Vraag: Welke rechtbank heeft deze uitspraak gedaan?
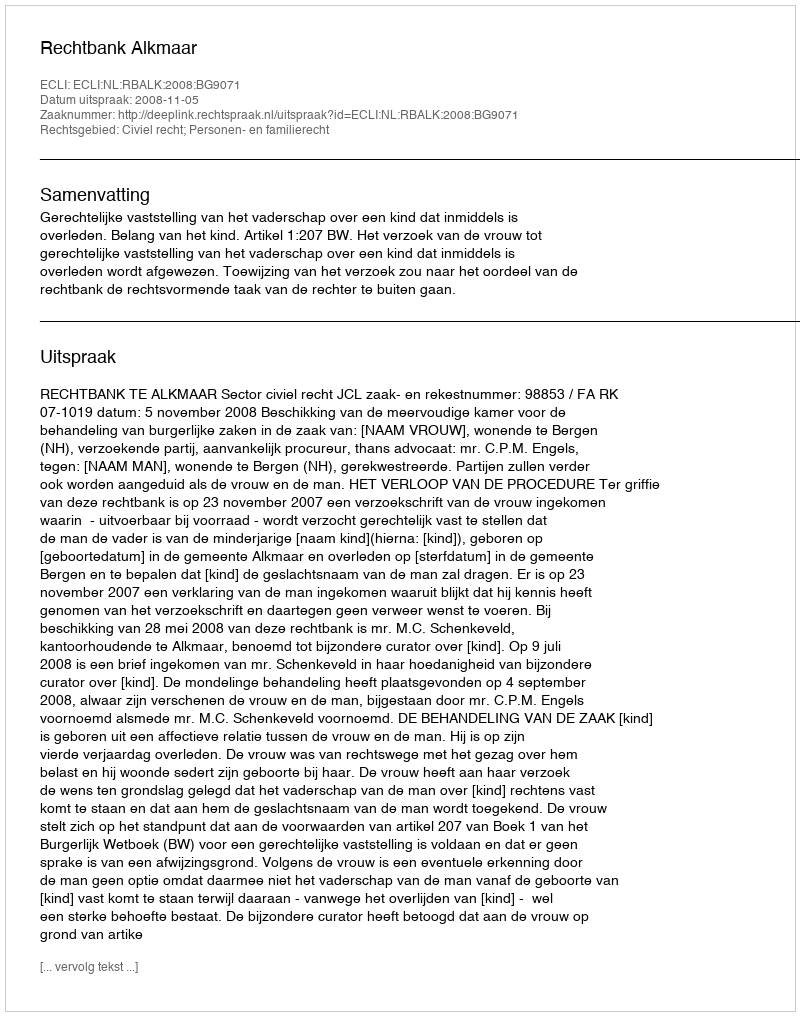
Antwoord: Rechtbank Alkmaar